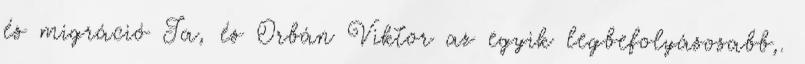
és migráció Ja, és Orbán Viktor az egyik legbefolyásosabb,.